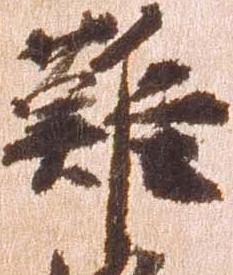
難